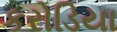
કરોડિયા